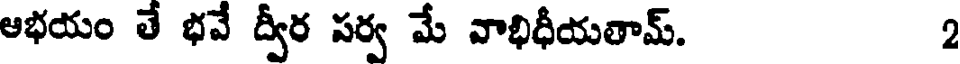
ఆభయం తే భవే ద్వీర పర్వ మే వాభిధీయతామ్. 2